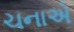
ચનાએ